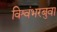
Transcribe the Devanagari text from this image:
विश्वंभरबुवा